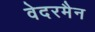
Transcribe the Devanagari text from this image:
वेदरमैन